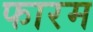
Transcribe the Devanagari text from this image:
फारम